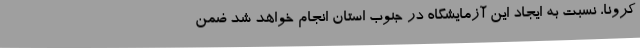
کرونا، نسبت به ایجاد این آزمایشگاه در جنوب استان انجام خواهد شد ضمن